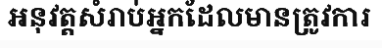
អនុវត្តសំរាប់អ្នកដែលមានត្រូវការ